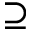
\supseteq